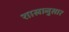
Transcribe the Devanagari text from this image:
शास्रानुसार